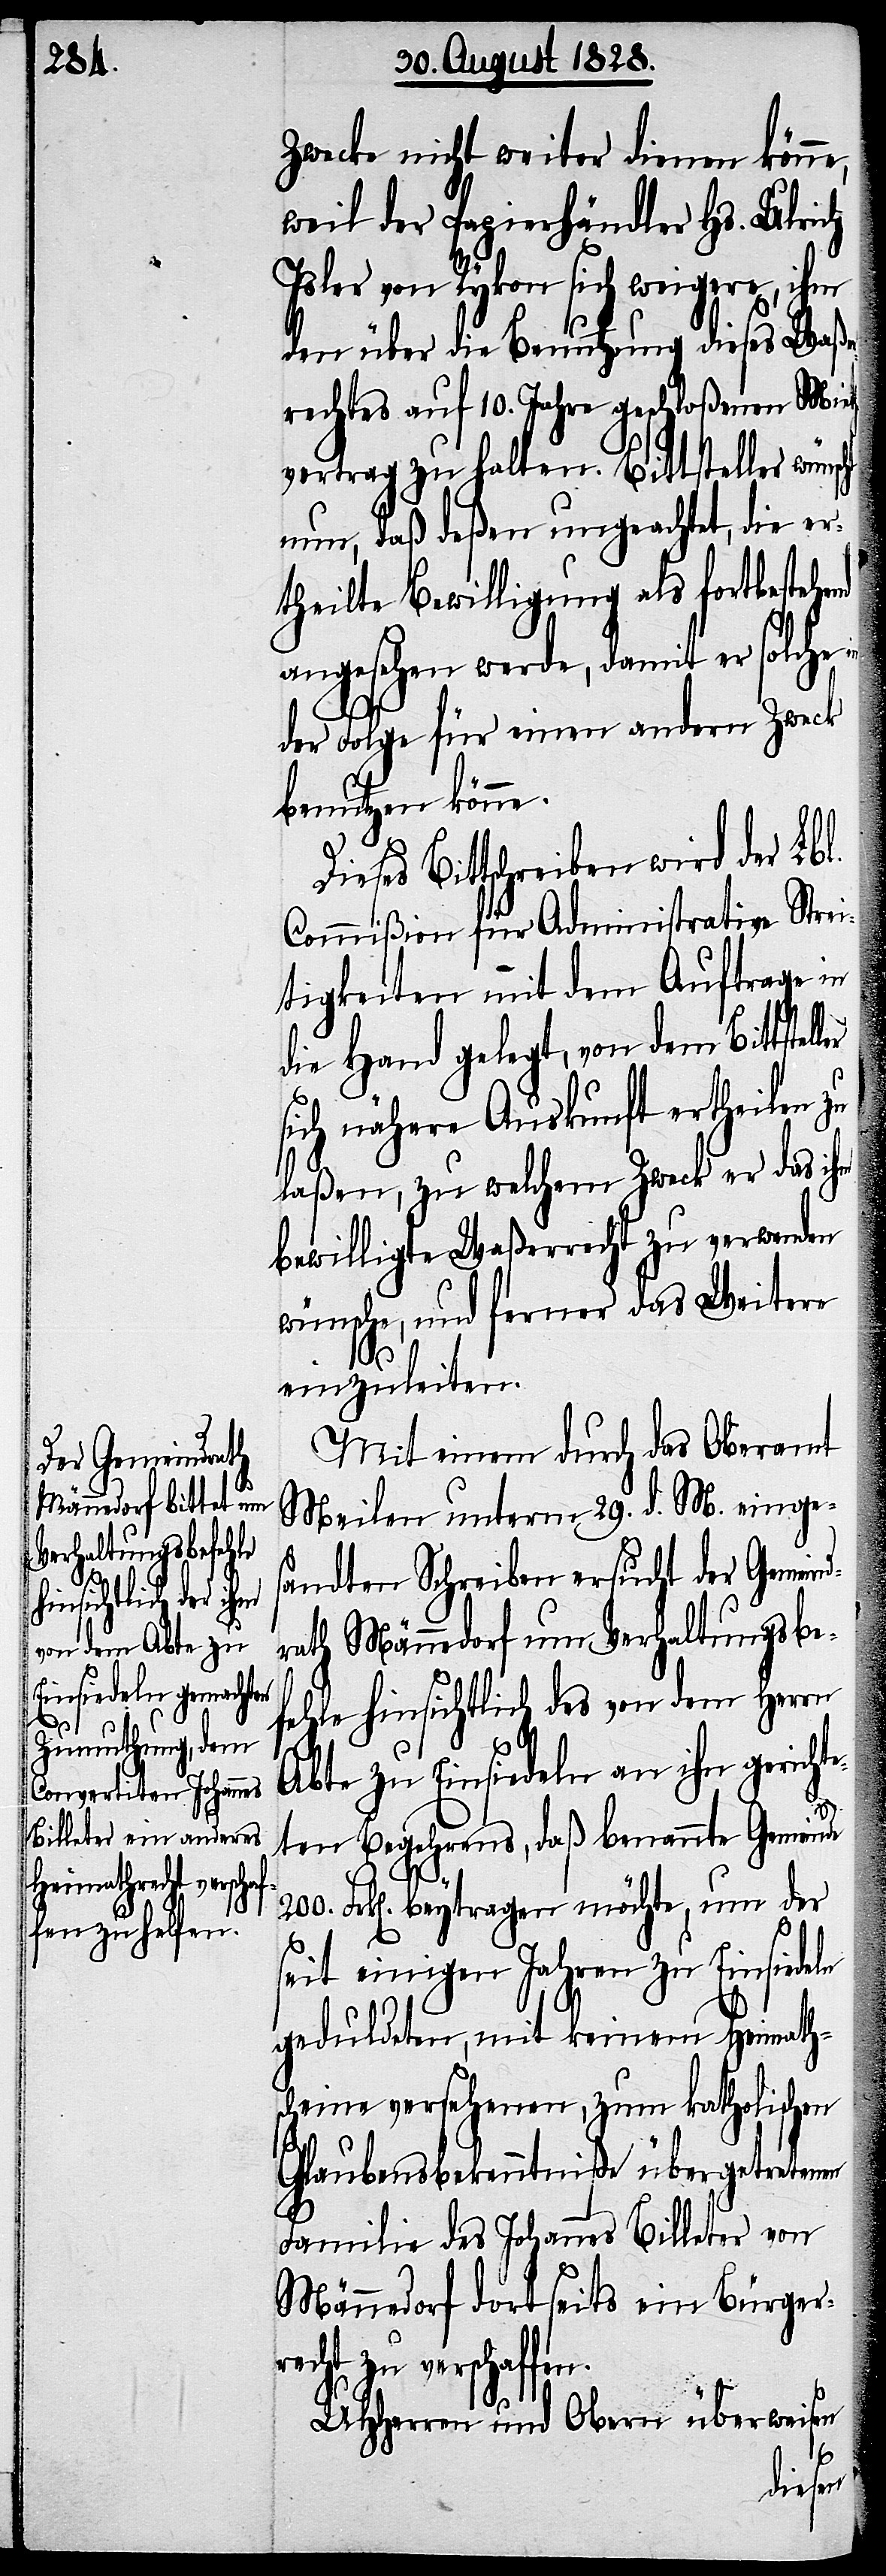
ln

Zwecke nicht weiter dienen könne,
weil der Papierhändler Hs. Ulrich
Isler von Rykon sich weigere, ihm
den über die Benutzung dieses Waße¬
rechtes auf 10. Jahre geschloßenen Mieth¬
vertrag zu halten. Bittsteller wün¬
nun, daß deßen ungeachtet, die er¬
theilte Bewilligung als fortbeste¬
angesehen werde, damit er solche in
der Folge für einen andern Zweck
benutzen könne.
Dieses Bittschreiben wird der Lbl.
Commißion für Administrative Strei¬
tigkeiten mit dem Auftrage in
die Hand gelegt, von dem Bittstel¬
sich nähere Auskunft ertheilen zu
laßen, zu welchem Zweck er das ihm
bewilligte Waßerrecht zu verwenden
wünsche, und ferner das Weitere
einzuleiten.
Mit einem durch das Oberamt
Meilen unterm 29. v. M. einges¬
andten Schreiben ersucht der Gemeind¬
rath Männedorf um Verhaltungsbe¬
fehle hinsichtlich des von dem Herrn
Abte zu Einsiedeln an ihn gerich¬
ten Begehrens, daß benannte Gemein¬
200. Frk[en]. beytragen möchte, um der
seit einigen Jahren zu Einsiede¬
geduldeten, mit keinem Heimaths¬
cheine versehenen, zum katholischen
Glaubensbekenntniße übergetretenen
Familie des Johannes Billeter von
Männedorf dortseits ein Bürger¬
recht verschaffen.
UHHerren und Obern überweisen